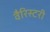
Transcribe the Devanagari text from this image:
वैरिस्टरी